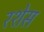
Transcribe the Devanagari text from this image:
रशेस